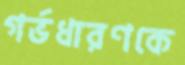
গর্ভধারণকে